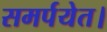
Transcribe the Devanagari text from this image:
समर्पयेत।